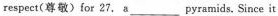
respect(尊敬)for 27. a ___ pyramids.Since it